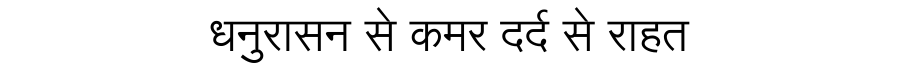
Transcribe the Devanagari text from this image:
धनुरासन से कमर दर्द से राहत